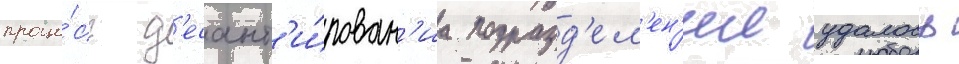
проце́сс д'есант'и́рован'иа подразд'ел'ен'ии удалось